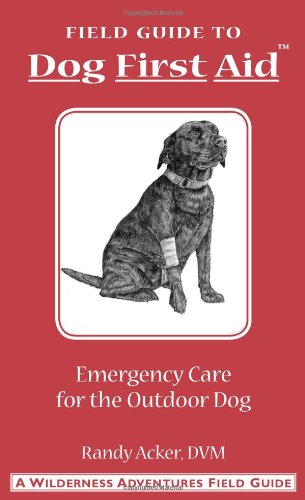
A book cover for Field Guide to Dog First Aid: Emergency Care for the Outdoor Dog; Randy Acker; Medical Books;